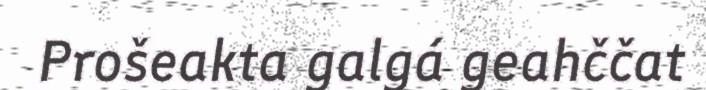
Prošeakta galgá geahččat